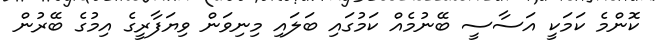
ކޮންމެ ކަމަކީ އަސާސީ ބޭނުމެއް ކަމުގައި ބަލައި މިނިވަން ވިޔަފާރީގެ އިމުގެ ބޭރުން